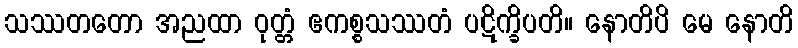
သဿတတော အညထာ ဝုတ္တံ ဧကစ္စသဿတံ ပဋိက္ခိပတိ။ နောတိပိ မေ နောတိ